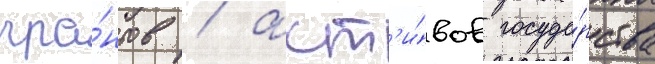
гра́нтов / акт'и́вов госуда́рства